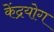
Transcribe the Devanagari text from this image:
केंद्रयोग